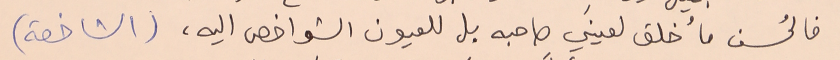
فالحُسن ما خُلق لعينَي صاحبه بل للعيون الشواخص اليه، (الشاخصة)